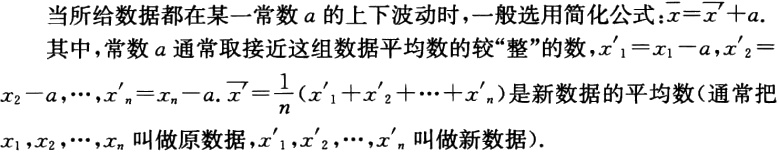
当所给数据都在某一常数\(a\)的上下波动时，一般选用简化公式：\(\overline{x}=\overline{x'}+a\)
其中，常数\(a\)通常取接近这组数据平均数的较“整”的数，\(x_1' = x_1 - a,x_2' = x_2 - a,\cdots,x_n' = x_n - a\). \(\overline{x'}=\frac{1}{n}(x_1'+x_2'+\cdots +x_n')\)是新数据的平均数（通常把\(x_1,x_2,\cdots,x_n\)叫做原数据，\(x_1',x_2',\cdots,x_n'\)叫做新数据）.